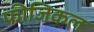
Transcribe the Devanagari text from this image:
फीजिकल